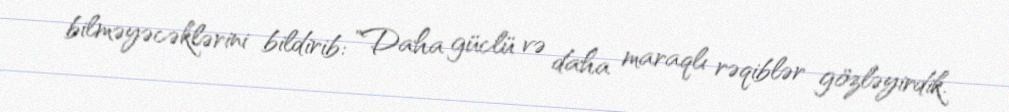
bilməyəcəklərini bildirib: "Daha güclü və daha maraqlı rəqiblər gözləyirdik.